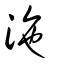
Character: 沲